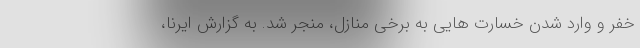
خَفر و وارد شدن خسارت هایی به برخی منازل، منجر شد. به گزارش ایرنا،